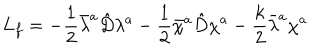
LaTeX: L _ { f } = - \frac { 1 } { 2 } \bar { \lambda } ^ { a } \hat { D } \lambda ^ { a } - \frac { 1 } { 2 } \bar { \chi } ^ { a } \hat { D } \chi ^ { a } - \frac { k } { 2 } \bar { \lambda } ^ { a } \chi ^ { a }